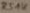
Text: RSAK